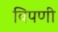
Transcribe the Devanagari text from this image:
विपणी